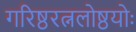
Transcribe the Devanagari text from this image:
गरिष्ठरत्नलोष्ठयोः